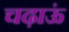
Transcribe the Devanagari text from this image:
चढ़ाऊं